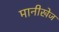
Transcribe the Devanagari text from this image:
मानीखेज